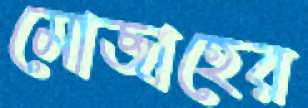
মোজাহের